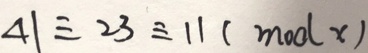
4 1 \equiv 2 3 \equiv 1 1 ( m o d x )